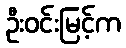
ဦးဝင်းမြင့်က